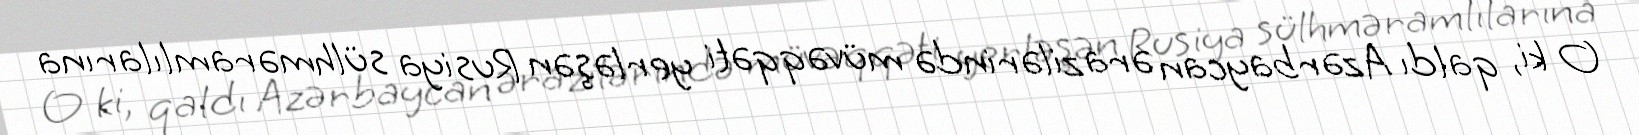
O ki, qaldı Azərbaycan ərazilərində müvəqqəti yerləşən Rusiya sülhməramlılarına